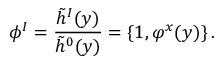
\phi ^ { I } = { \frac { \tilde { h } ^ { I } ( y ) } { \tilde { h } ^ { 0 } ( y ) } } = \{ 1 , \varphi ^ { x } ( y ) \} \, .